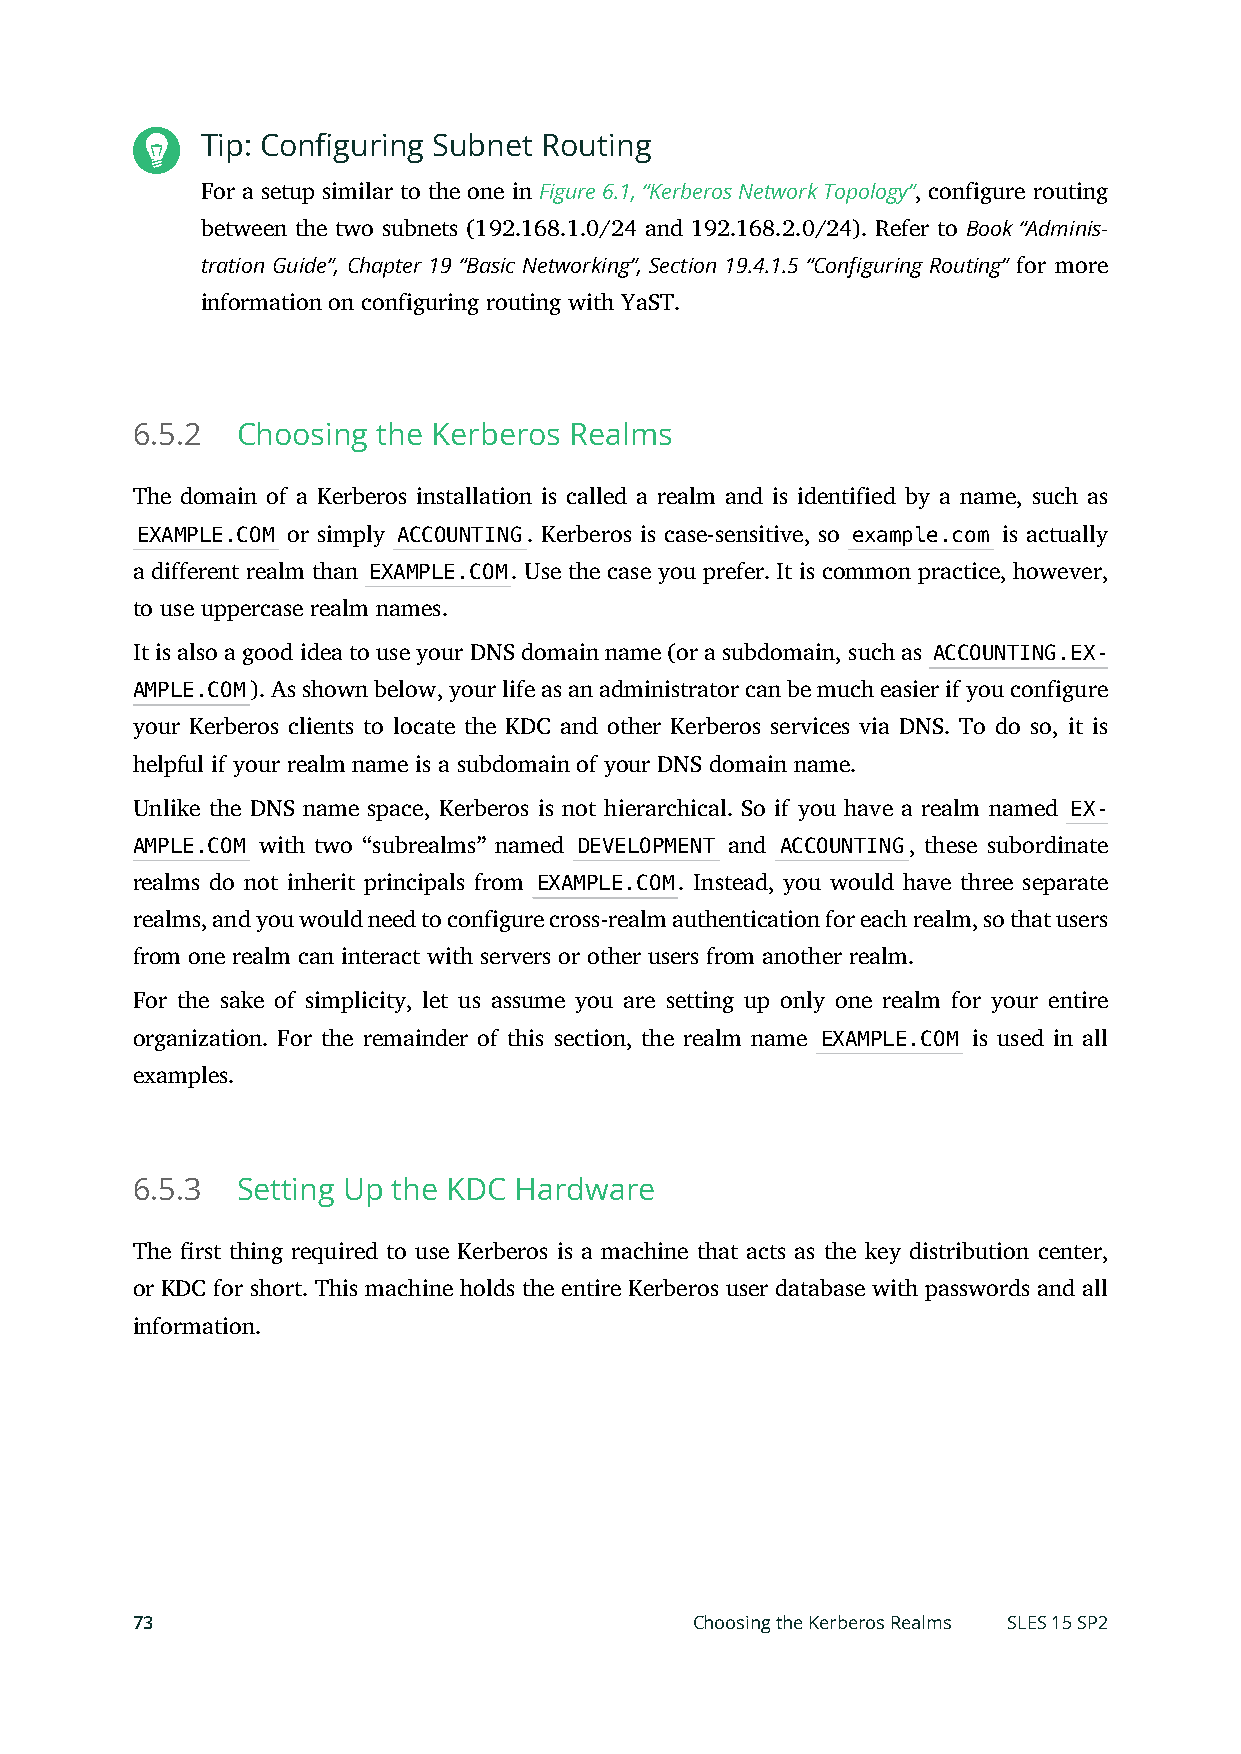
Tip: Configuring Subnet Routing
 For a setup similar to the one in Figure 6.1, “Kerberos Network Topology”, configure routing
 between the two subnets (192.168.1.0/24 and 192.168.2.0/24). Refer to Book “Adminis-
 tration Guide”, Chapter 19 “Basic Networking”, Section 19.4.1.5 “Configuring Routing” for more
 information on configuring routing with YaST.
 6.5.2  Choosing the Kerberos Realms
 The domain of a Kerberos installation is called a realm and is identified by a name, such as
 EXAMPLE.COM or simply ACCOUNTING. Kerberos is case-sensitive, so example.com is actually
 a different realm than EXAMPLE.COM. Use the case you prefer. It is common practice, however,
 to use uppercase realm names.
 It is also a good idea to use your DNS domain name (or a subdomain, such as ACCOUNTING.EX-
 AMPLE.COM). As shown below, your life as an administrator can be much easier if you configure
 your Kerberos clients to locate the KDC and other Kerberos services via DNS. To do so, it is
 helpful if your realm name is a subdomain of your DNS domain name.
 Unlike the DNS name space, Kerberos is not hierarchical. So if you have a realm named EX-
 AMPLE.COM with two “subrealms” named DEVELOPMENT and ACCOUNTING, these subordinate
 realms do not inherit principals from EXAMPLE.COM. Instead, you would have three separate
 realms, and you would need to configure cross-realm authentication for each realm, so that users
 from one realm can interact with servers or other users from another realm.
 For the sake of simplicity, let us assume you are setting up only one realm for your entire
 organization. For the remainder of this section, the realm name EXAMPLE.COM is used in all
 examples.
 6.5.3  Setting Up the KDC Hardware
 The rst thing required to use Kerberos is a machine that acts as the key distribution center,
 or KDC for short. This machine holds the entire Kerberos user database with passwords and all
 information.
 73                                   Choosing the Kerberos Realms SLES 15 SP2